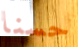
حسنا